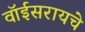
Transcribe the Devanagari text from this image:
वॉईसरायचे